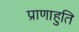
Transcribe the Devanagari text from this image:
प्राणाहुति